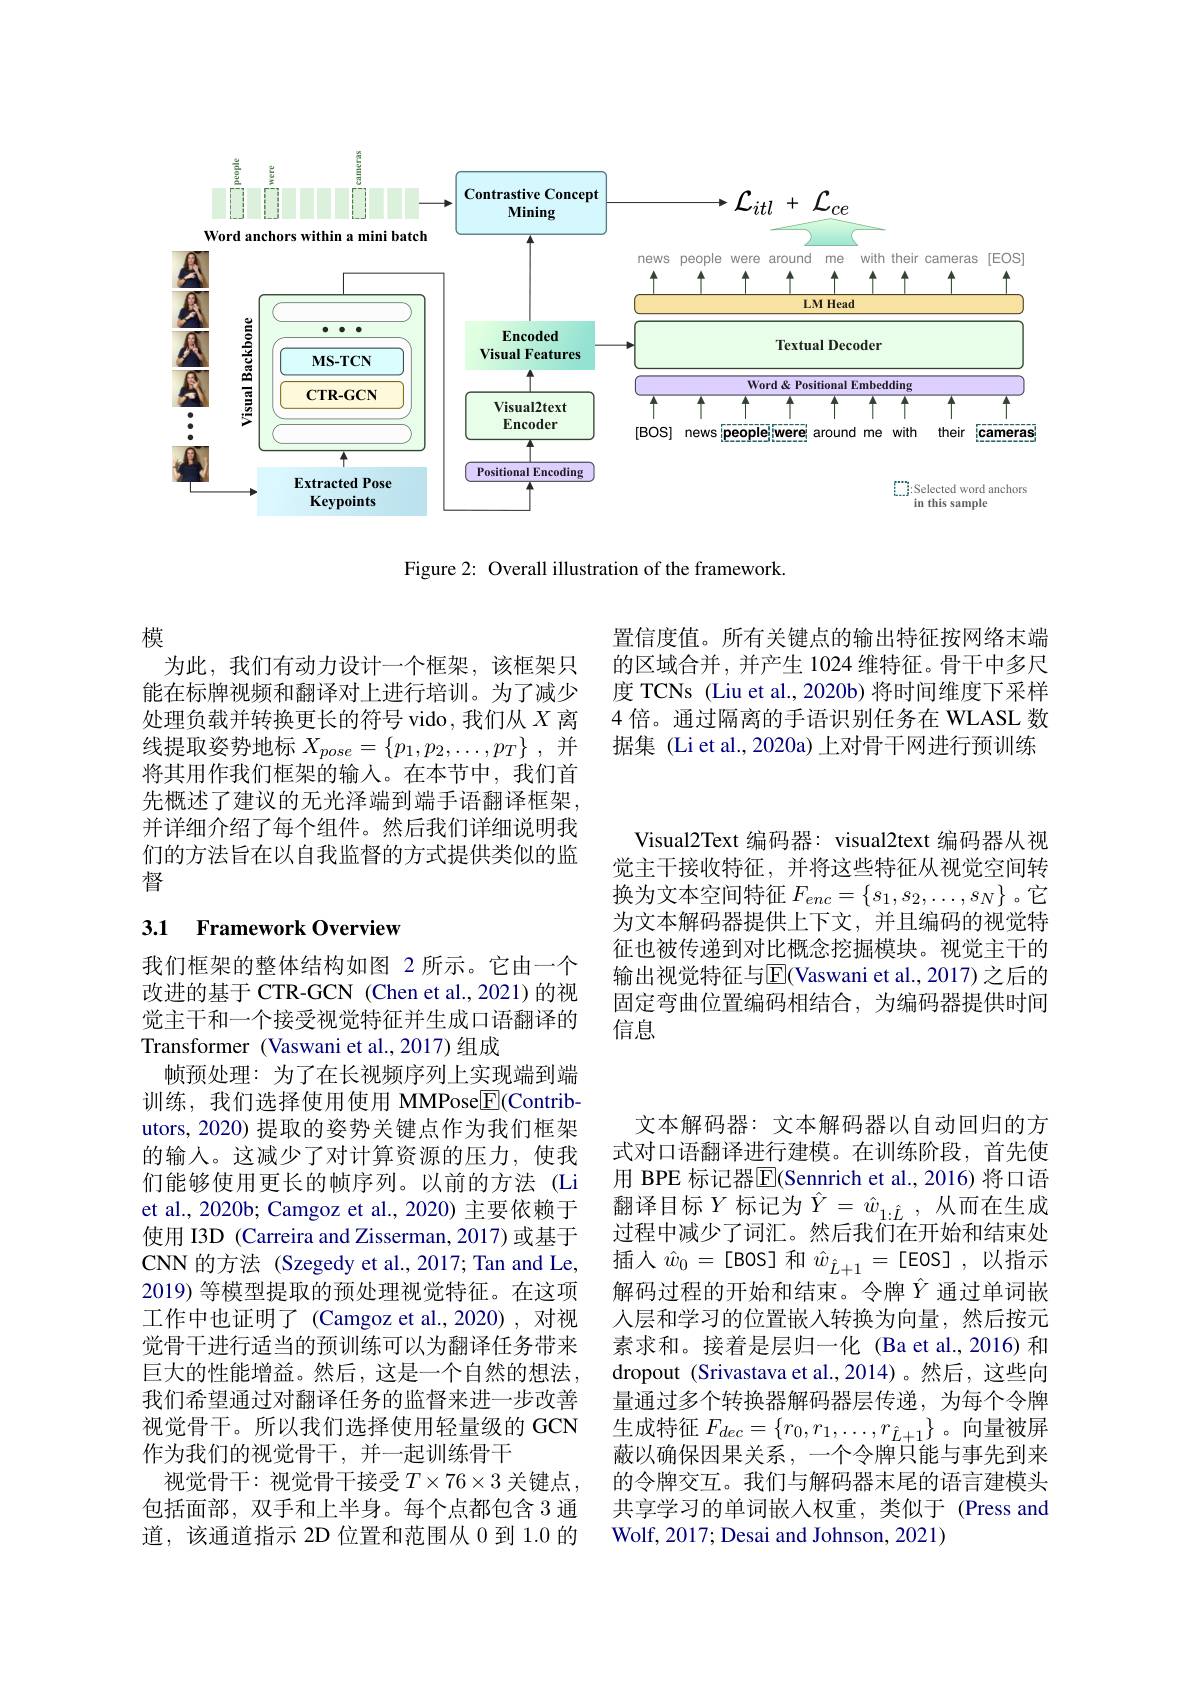
<FigureHere>

Figure 2: Overall illustration of the framework.

置信度值。所有关键点的输出特征按网络末端的区域合并，并产生 1024 维特征。骨干中多尺度 TCNs (Liu et al., 2020b) 将时间维度下采样4 倍。通过隔离的手语识别任务在 WLASL 数据集 (Li et al., 2020a) 上对骨干网进行预训练

模
为此，我们有动力设计一个框架，该框架只能在标牌视频和翻译对上进行培训。为了减少处理负载并转换更长的符号 vido, 我们从$X$离线提取姿势地标$X_{pose}=\left\{p_1,p_2,\ldots,p_T\right\}$,并将其用作我们框架的输入。在本节中，我们首先概述了建议的无光泽端到端手语翻译框架， 并详细介绍了每个组件。然后我们详细说明我们的方法旨在以自我监督的方式提供类似的监督

### 3.1 Framework Overview

Visual2Text 编码器：visual2text 编码器从视觉主干接收特征，并将这些特征从视觉空间转换为文本空间特征$F_enc=\begin{Bmatrix}s_1,s_2,\ldots,s_N\end{Bmatrix}$。它为文本解码器提供上下文，并且编码的视觉特征也被传递到对比概念挖掘模块。视觉主干的输出视觉特征与$\overline{\mathrm{E}}($Vaswani et al., 2017) 之后的固定弯曲位置编码相结合，为编码器提供时间信息

我们框架的整体结构如图 2 所示。它由一个改进的基于 CTR-GCN (Chen et al., 2021)的视觉主干和一个接受视觉特征并生成口语翻译的Transformer (Vaswani et al.,2017)组成
帧预处理：为了在长视频序列上实现端到端训练，我们选择使用使用 MMPose$\underline{\mathrm{E}}($Contributors, 2020) 提取的姿势关键点作为我们框架的输人。这减少了对计算资源的压力，使我们能够使用更长的帧序列。以前的方法 (Li et al., 2020b; Camgoz et al., 2020) 主要依赖于使用 I3D (Carreira and Zisserman, 2017) 或基于CNN 的方法 (Szegedy et al., 2017; Tan and Le, 2019) 等模型提取的预处理视觉特征。在这项工作中也证明了(Camgoz et al.,2020),对视觉骨干进行适当的预训练可以为翻译任务带来巨大的性能增益。然后，这是一个自然的想法， 我们希望通过对翻译任务的监督来进一步改善视觉骨干。所以我们选择使用轻量级的 GCN 作为我们的视觉骨干，并一起训练骨干
视觉骨干：视觉骨干接受$T\times76\times3$ 关键点 , 包括面部，双手和上半身。每个点都包含 3 通道，该通道指示 2D 位置和范围从 0 到 1.0 的

文本解码器：文本解码器以自动回归的方式对口语翻译进行建模。在训练阶段，首先使用 BPE 标记器$\overline{\mathrm{E}}$(Sennrich et al.,2016) 将口语翻译目标$Y$标记为$\hat{Y}=\hat{w}_{1:\hat{L}}$,从而在生成过程中减少了词汇。然后我们在开始和结束处插人$\hat{w}_0=$[BOS]和$\hat{w}_{\hat{L}+1}=$[EOS],以指示解码过程的开始和结束。令牌$\hat{Y}$ 通过单词嵌人层和学习的位置嵌入转换为向量，然后按元素求和。接着是层归一化 (Ba et al.,2016) 和dropout (Srivastava et al.,2014)。然后，这些向量通过多个转换器解码器层传递，为每个令牌生成特征$F_dec=\{r_0,r_1,\ldots,r_{\hat{L}+1}\}$ 。向量被屏蔽以确保因果关系，一个令牌只能与事先到来的令牌交互。我们与解码器末尾的语言建模头共享学习的单词嵌入权重，类似于(Press and Wolf, 2017; Desai and Johnson, 2021)